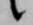
候